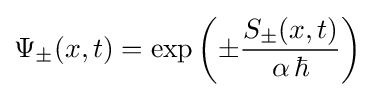
\Psi _{\pm }(x,t)=\exp \left(\pm {\frac {S_{\pm }(x,t)}{\alpha \,\hbar }}\right)